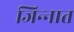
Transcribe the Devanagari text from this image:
जिन्‍नात